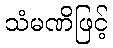
သံမဏိဖြင့်